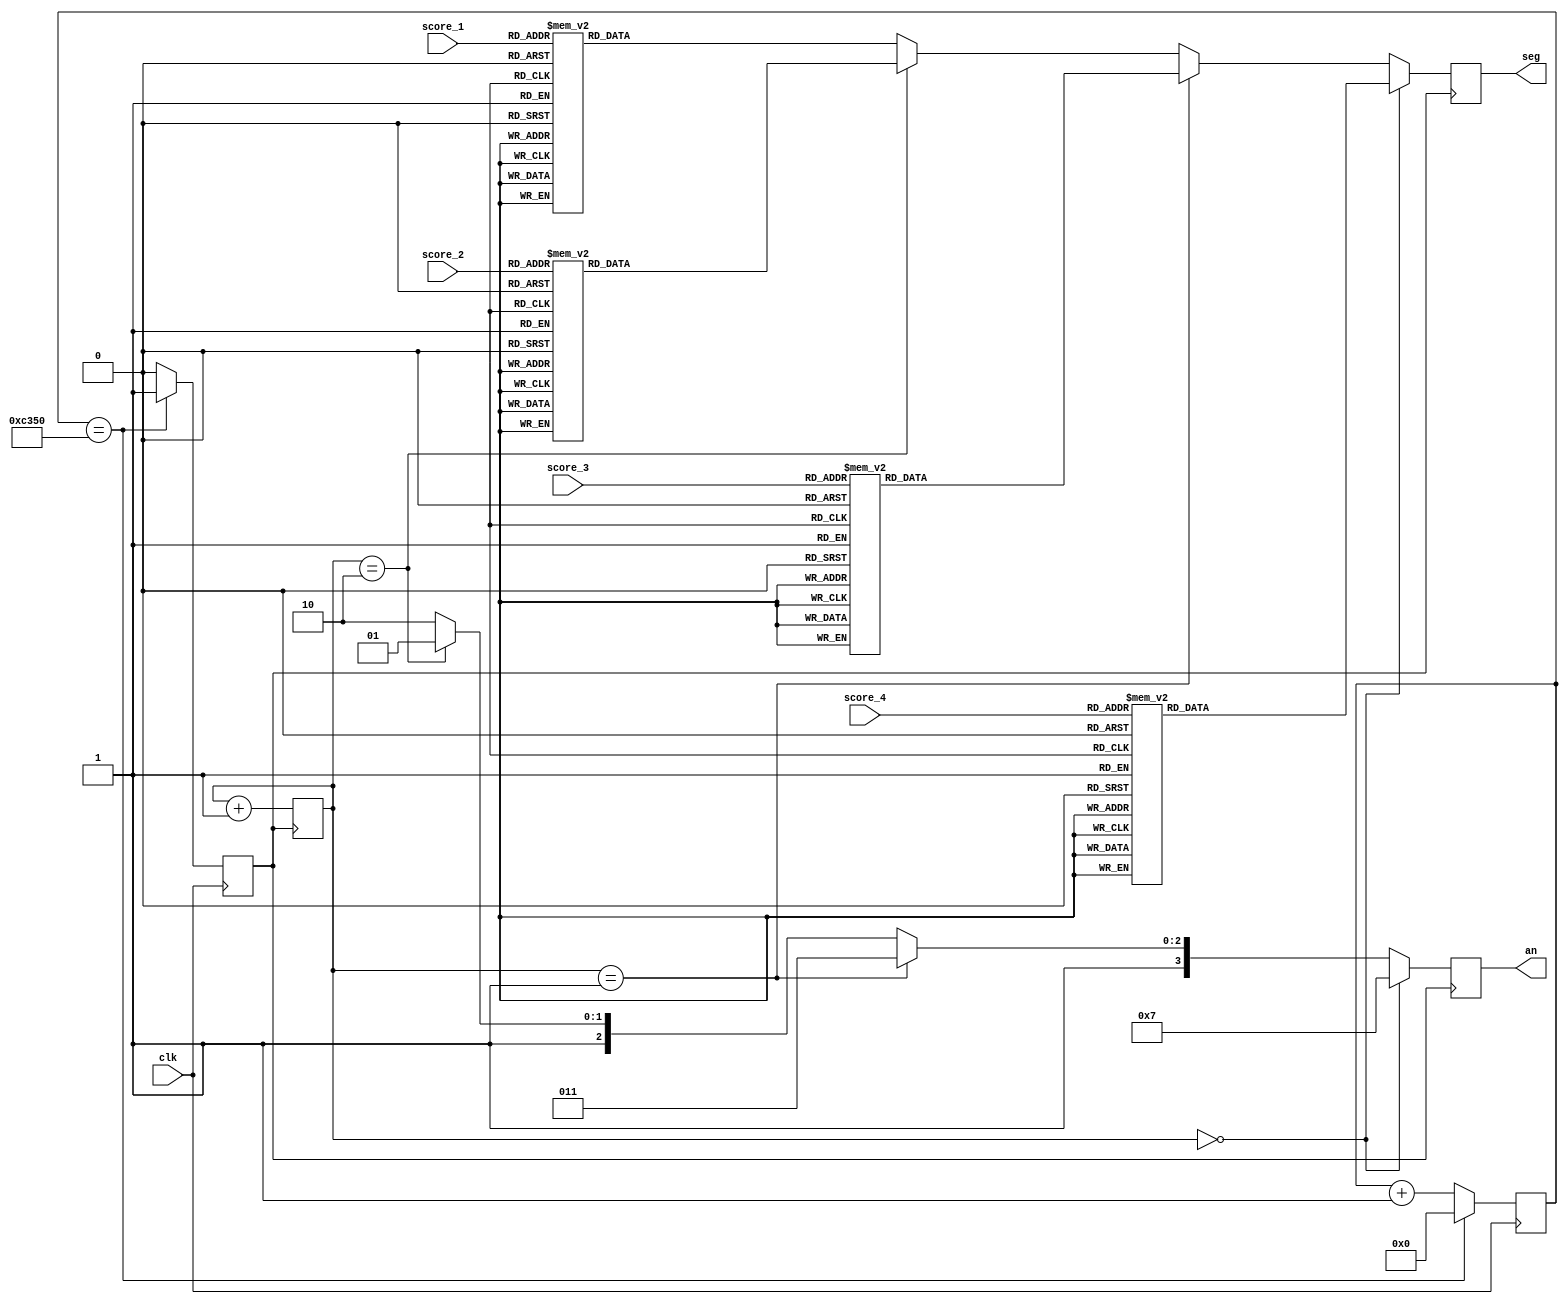
module seg_display(
    input wire       clk,
    input wire [3:0] score_1, // 1's place
    input wire [3:0] score_2, // 10's place
    input wire [3:0] score_3, // 100's place
    input wire [3:0] score_4, // 1000's place
    output reg [7:0] seg,
    output reg [3:0] an
    );

    // Divide the clock so we get a seg_clk that goes
    // at a couple hundred Hz for displaying the next digit
    reg [17:0] counter;
    reg seg_clk;
    always @ (posedge clk) begin
        if (counter == 50000) begin
            counter <= 0;
            seg_clk <= 1;
        end else begin
            counter <= counter + 1;
            seg_clk <= 0;
        end
    end

    // Which digit we are currently displaying
    reg [1:0] digit;

    initial begin
        digit = 0;
    end

    always @ (posedge seg_clk) begin
        digit <= digit + 1;
        if (digit == 0) begin
            an <= 4'b0111;
            display_digit(score_4);
        end else if (digit == 1) begin
            an <= 4'b1011;
            display_digit(score_3);
        end else if (digit == 2) begin
            an <= 4'b1101;
            display_digit(score_2);
        end else begin
            an <= 4'b1110;
            display_digit(score_1);
        end
    end

    task display_digit;
        input [3:0] d;
        begin
            case (d)
                0: seg <= 8'b11000000;
                1: seg <= 8'b11111001;
                2: seg <= 8'b10100100;
                3: seg <= 8'b10110000;
                4: seg <= 8'b10011001;
                5: seg <= 8'b10010010;
                6: seg <= 8'b10000010;
                7: seg <= 8'b11111000;
                8: seg <= 8'b10000000;
                default: seg <= 8'b10010000;
            endcase
        end
    endtask

endmodule